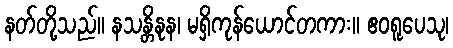
နတ်တို့သည်။ နသန္တိနုန၊ မရှိကုန်ယောင်တကား။ ဧဝရူပေသု၊